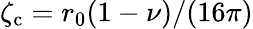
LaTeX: {\zeta_{\mathrm{c}}=r_{0}(1-\nu)/(16\pi)}